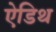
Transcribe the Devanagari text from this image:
ऐडिथ